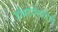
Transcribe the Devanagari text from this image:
डॉक्टरीसाठीची